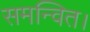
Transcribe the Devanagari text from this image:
समन्वित।